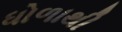
ધોળાથી